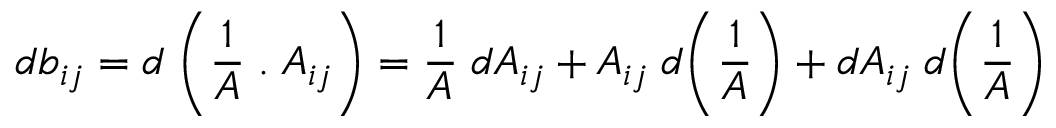
d b _ { i j } = d \; \bigg ( \frac { 1 } { A } \; . \; A _ { i j } \bigg ) = \frac { 1 } { A } \; d A _ { i j } + A _ { i j } \; d \bigg ( \frac { 1 } { A } \bigg ) + d A _ { i j } \; d \bigg ( \frac { 1 } { A } \bigg )